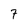
Character: 7